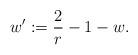
LaTeX: \begin{align*} w' := \frac{2}{r}-1-w. \end{align*}